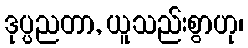
ဒုပ္ပညတာ, ယူသည်းစွာဟု၊